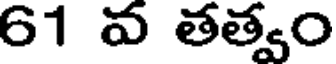
61 వ తత్వం